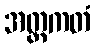
အတ္တကတံ